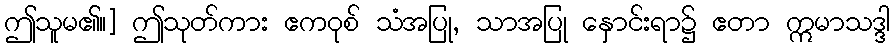
ဤသူမ၏။] ဤသုတ်ကား ဧကဝုစ် သံအပြု, သာအပြု နှောင်းရာ၌ ဧတာ ဣမာသဒ္ဒါ